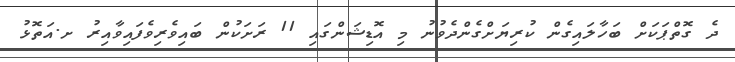
ދެ ގޮތްޕަކަށް ބަހާލައިގެން ކުރިޔަށްގެންދެވުނު މި އޮޑިޝަންގައި 11 ރަށަކުން ބައިވެރިވެފައިވާއިރު ށ.އަތޮޅު